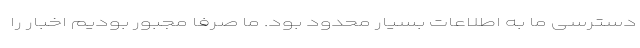
دسترسی ما به اطلاعات بسیار محدود بود. ما صرفاً مجبور بودیم اخبار را